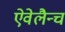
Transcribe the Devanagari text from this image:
ऐवेलैन्च